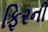
ફિરની